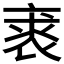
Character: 𧚍